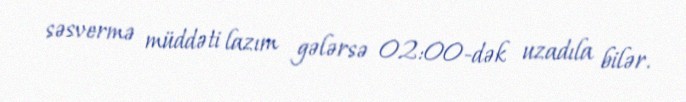
səsvermə müddəti lazım gələrsə 02:00-dək uzadıla bilər.